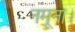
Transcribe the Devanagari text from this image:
नमूना।